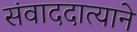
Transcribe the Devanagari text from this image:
संवाददात्याने